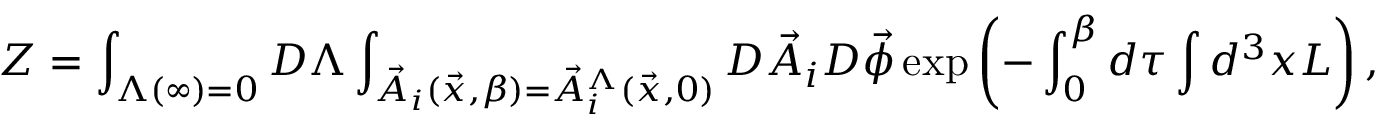
{ \cal Z } = \int _ { \Lambda ( \infty ) = 0 } D \Lambda \int _ { { \vec { A } } _ { i } ( { \vec { x } } , \beta ) = { \vec { A } } _ { i } ^ { \Lambda } ( { \vec { x } } , 0 ) } { D } { \vec { A } } _ { i } D { \vec { \phi } } \exp \left( - \int _ { 0 } ^ { \beta } d \tau \int d ^ { 3 } x L \right) ,